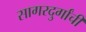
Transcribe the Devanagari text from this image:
सागरदुर्गांची